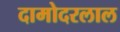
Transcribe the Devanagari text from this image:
दामोदरलाल